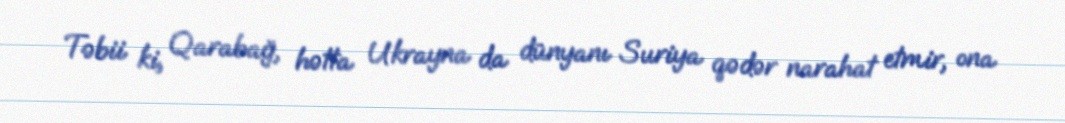
Təbii ki, Qarabağ, hətta Ukrayna da dünyanı Suriya qədər narahat etmir, ona